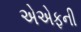
એએફની